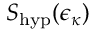
S _ { \mathrm { h y p } } ( \epsilon _ { \kappa } )